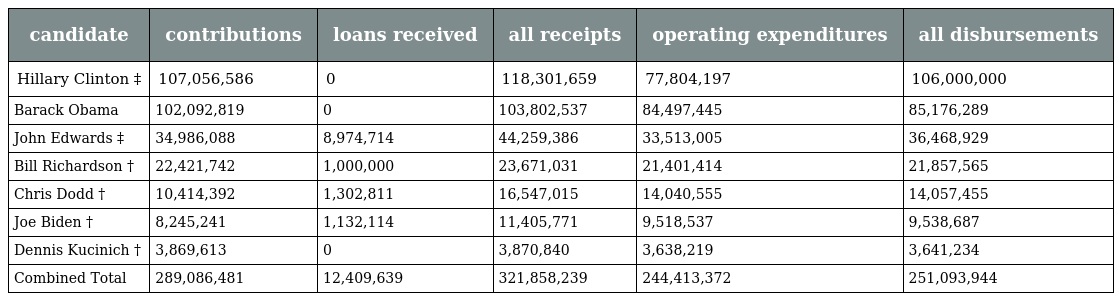
| candidate | contributions | loans received | all receipts | operating expenditures | all disbursements |
 | --- | --- | --- | --- | --- | --- |
 | Hillary Clinton ‡ | 107,056,586 | 0 | 118,301,659 | 77,804,197 | 106,000,000 |
 | Barack Obama | 102,092,819 | 0 | 103,802,537 | 84,497,445 | 85,176,289 |
 | John Edwards ‡ | 34,986,088 | 8,974,714 | 44,259,386 | 33,513,005 | 36,468,929 |
 | Bill Richardson † | 22,421,742 | 1,000,000 | 23,671,031 | 21,401,414 | 21,857,565 |
 | Chris Dodd † | 10,414,392 | 1,302,811 | 16,547,015 | 14,040,555 | 14,057,455 |
 | Joe Biden † | 8,245,241 | 1,132,114 | 11,405,771 | 9,518,537 | 9,538,687 |
 | Dennis Kucinich † | 3,869,613 | 0 | 3,870,840 | 3,638,219 | 3,641,234 |
 | Combined Total | 289,086,481 | 12,409,639 | 321,858,239 | 244,413,372 | 251,093,944 |